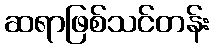
ဆရာဖြစ်သင်တန်း